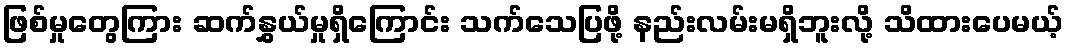
ဖြစ်မှုတွေကြား ဆက်နွှယ်မှုရှိကြောင်း သက်သေပြဖို့ နည်းလမ်းမရှိဘူးလို့ သိထားပေမယ့်